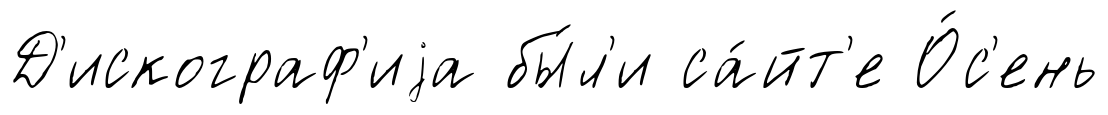
Д'искограф'иjа бы́л'и са́йт'е О́с'ень